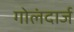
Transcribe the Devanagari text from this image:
गोलंदार्ज